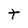
Character: t